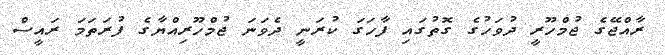
ރާއްޖޭގެ ޖުމްހޫރީ ދުވަހުގެ ގޮތުގައި ފާހަގަ ކުރަނީ ދެވަނަ ޖުމްހޫރިއްޔާގެ ފުރަތަމަ ރައީސް